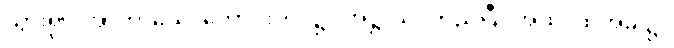
သွား၍။ အာကာသေ၊ ကောင်းကင်၌။ အဋ္ဌာသိ၊ တည်ပြီ။ အထ၊ ထိုအခါ၌။